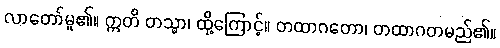
လာတော်မူ၏။ ဣတိ တသ္မာ၊ ထို့ကြောင့်။ တထာဂတော၊ တထာဂတမည်၏။